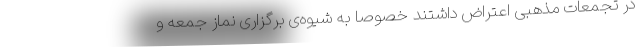
در تجمعات مذهبی اعتراض داشتند خصوصا به شیوه‌ی برگزاری نماز جمعه و